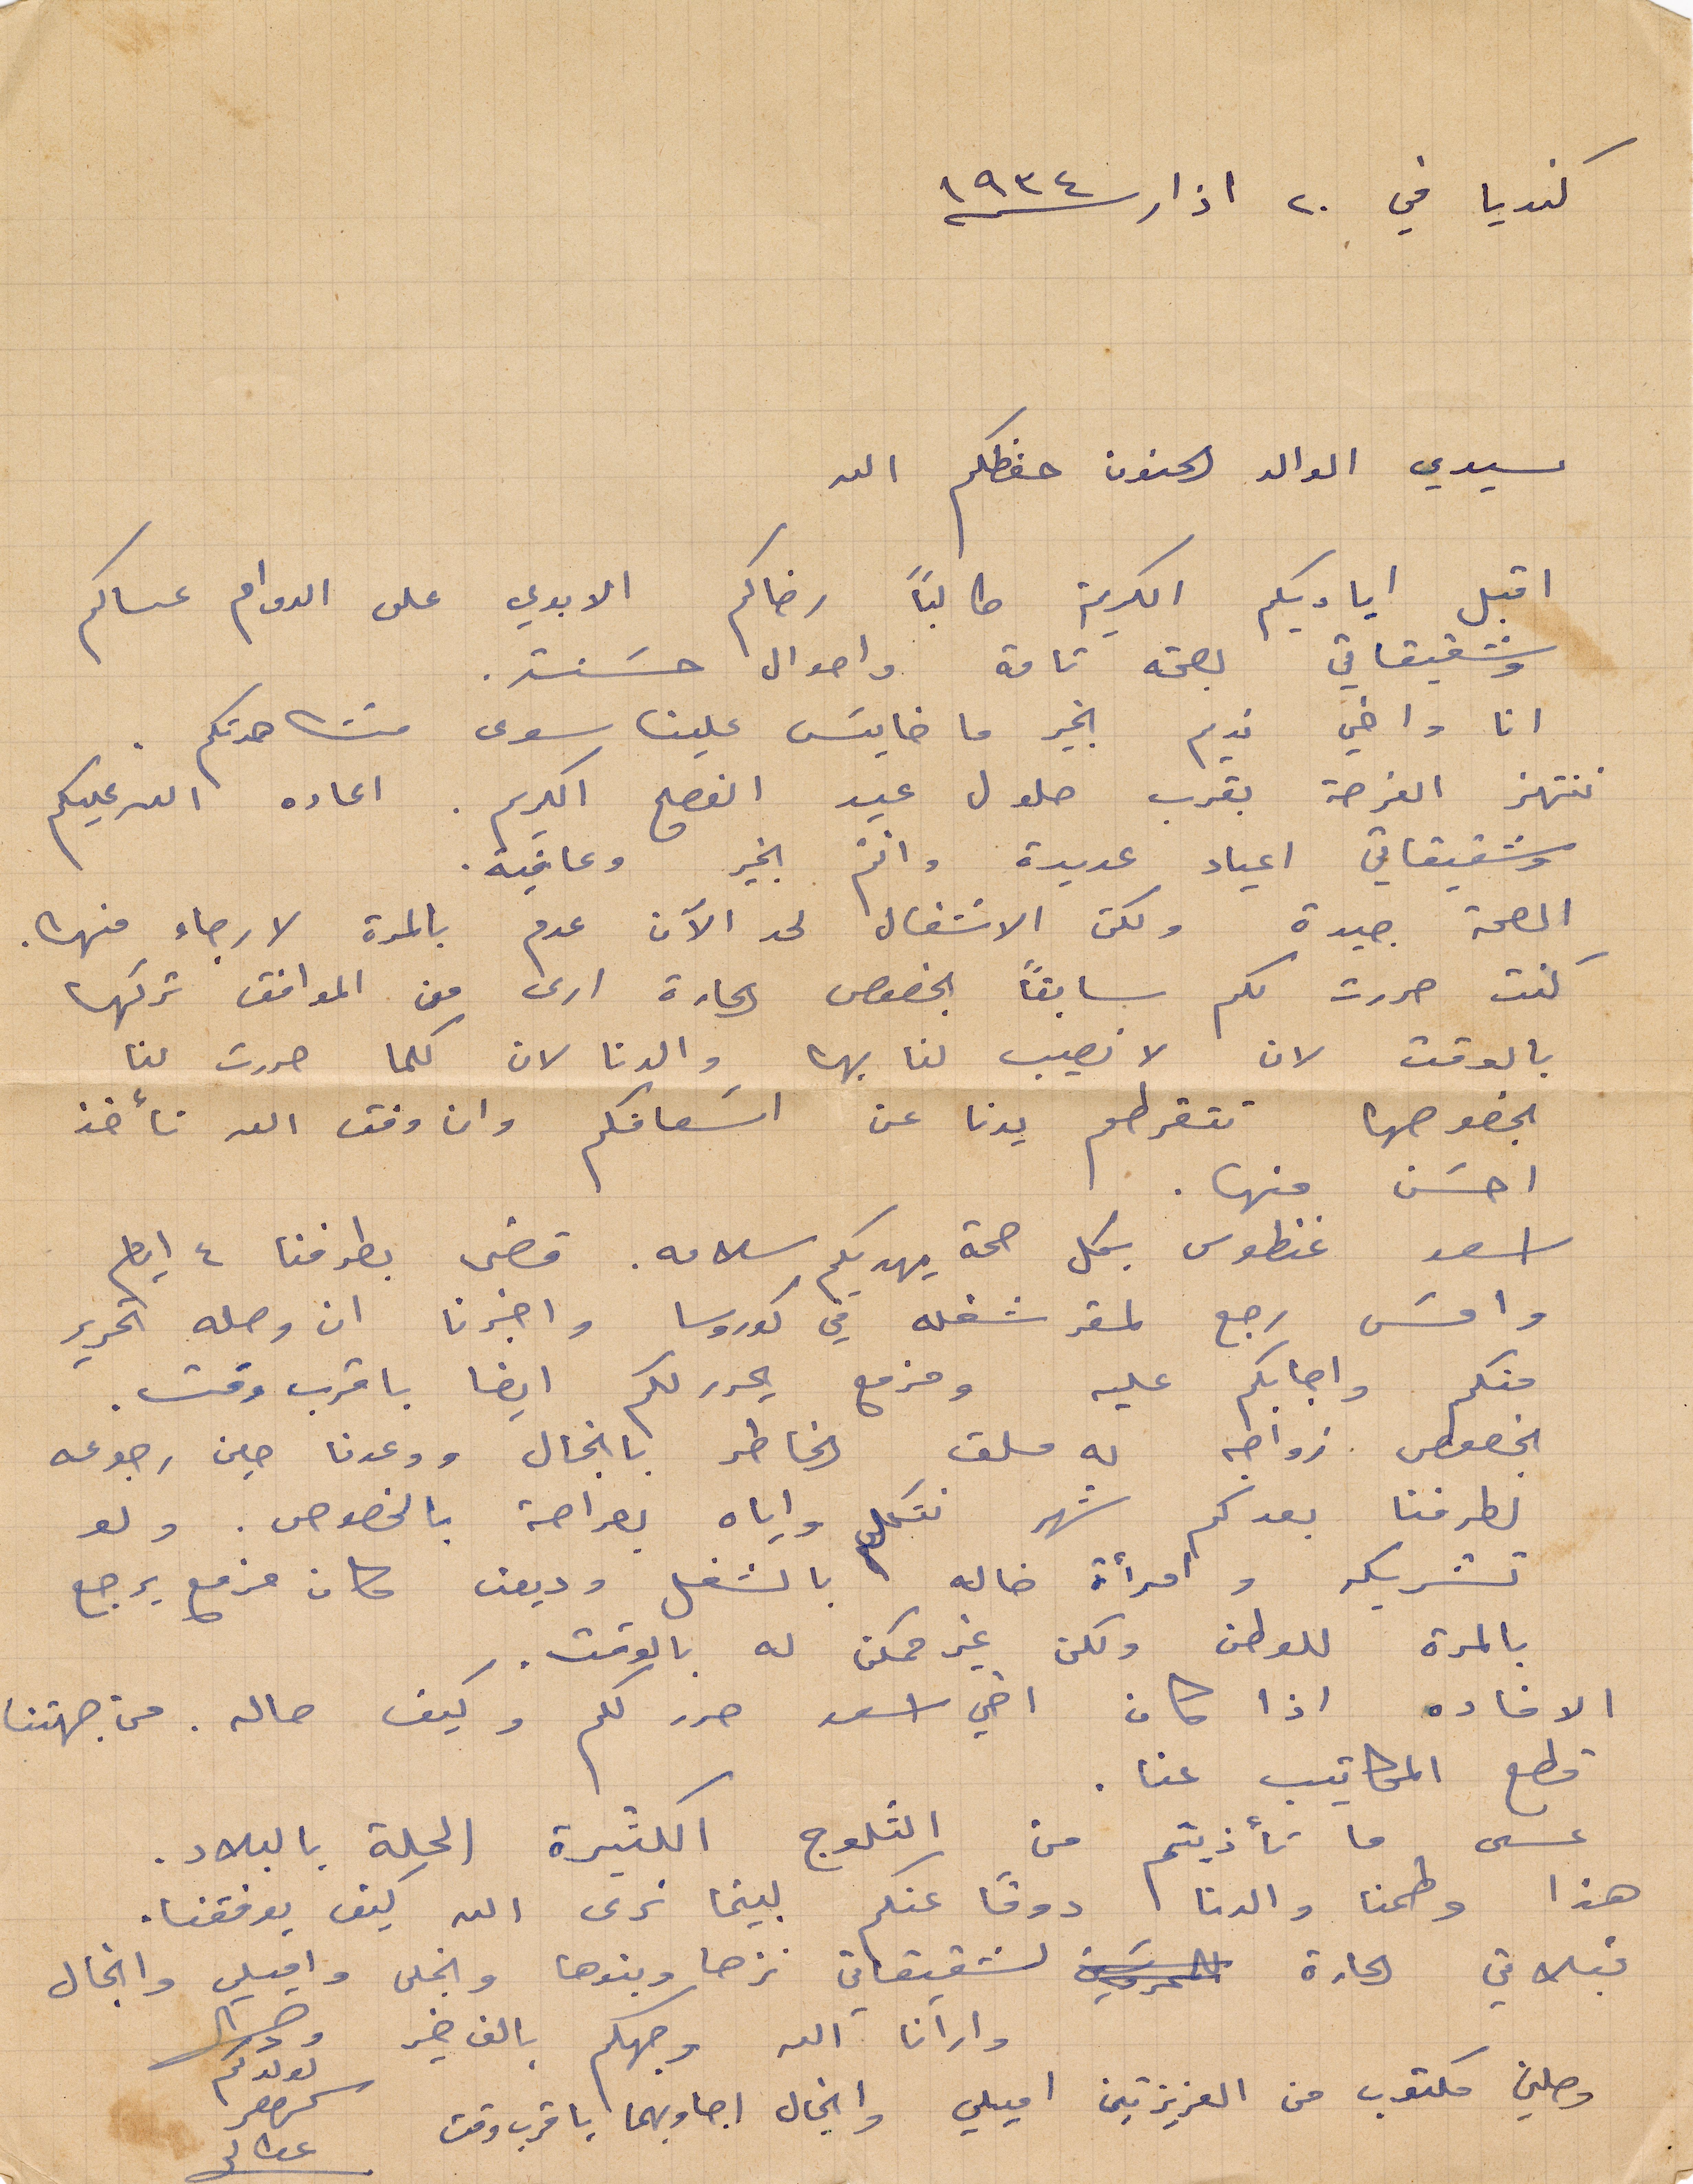
كنديا في ٢٠ اذار ١۹۳٤
سيدي الوالد الحنون حفظكم الله
اقبل اياديكم الكريمة طالبًا رضاكم الابدي على الدوام عساكم
وشقيقاتي بصحة تامة واحوال حسنة.
انا واخي نديم بخير ما خايس علينا سوى مشاهدتكم.
ننتهز الفرصة بقرب حلول عيد الفصح الكريم. اعاده الله عليكم
وشقيقاتي أعياد عديدة وانتم بخير وعافية.
الصحة جيدة ولكن الاشغال لحد الآن عدم بالمرة لارجاء منه
كنت حررت لكم سابقًا بخصوص إعادة ارض من المواقف تركها
بالوقت لان لا نصيب لنا بها والدنا لان كلما حررت لنا
بخصوصها تتقرطم يدنا عن اسعافكم وان وفق الله نأخذ
احسن منها.
اسعد غنطوس بكل صحة يهديكم سلامه. قضى بطرفنا ٤ أيام
وامس رجع لمقر شغله في كوروسا واخبرنا ان وصله تحرير
منكم واجابكم عليه ومزمع يحرر لكم ايضًا باقرب وقت.
بخصوص زواجه به ملف الخاطر بانجال ووعدنا حين رجوعه
لطرفنا بعد كم شهر نتكلم واياه بصراحة بالخصوص. ولو
تشريكة وامرأة خاله بالشغل وديعن كان مزمع يرجع
بالمرة للوطن لكن غير ممكن له بالوقت.
الإفادة اذا كان اخي اسعد حرر لكم وكيف حاله. من جهتنا
قطع المكاتيب عنا.
عسى ما تأذيتم من الثلوج الكثيرة الحلة بالبلاد.
هذا وطمنا والدنا، دومًا عنكم لبينما نرى الله كيف يوفقنا.
قبلاتي الحارة لشقيقاتي نزها وبنوها وانجل واميلي وانجال
وارانا الله وجهكم بالف خير.
وصلني مكتوب من العزيزتي اميلي وانجال اجاوبهما باقرب وقت